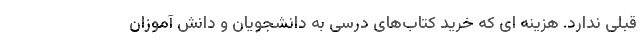
قبلی ندارد. هزینه ای که خرید کتاب‌های درسی به دانشجویان و دانش آموزان